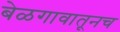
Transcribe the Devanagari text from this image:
बेळगावातूनच